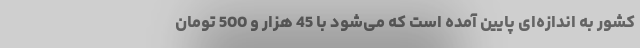
کشور به اندازه‌ای پایین آمده است که می‌شود با 45 هزار و 500 تومان